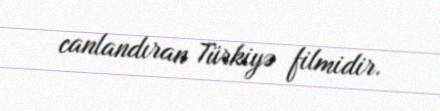
canlandıran Türkiyə filmidir.